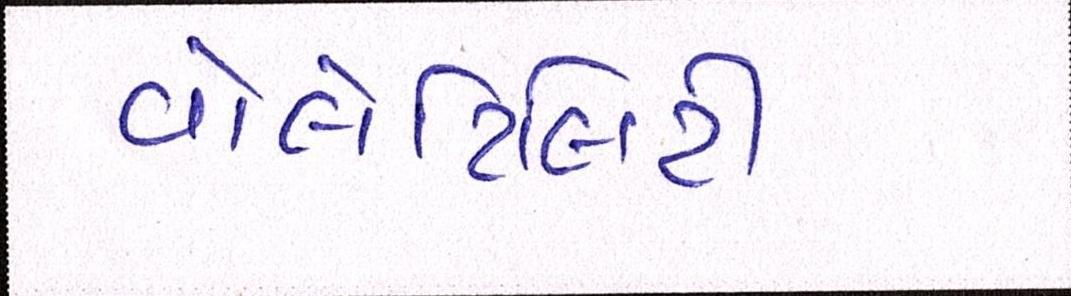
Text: વોલેટિલિટી